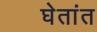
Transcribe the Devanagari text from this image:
घेतांत